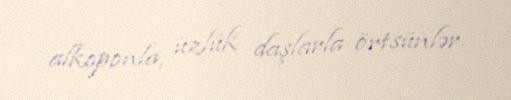
alkoponla, üzlük daşlarla örtsünlər.